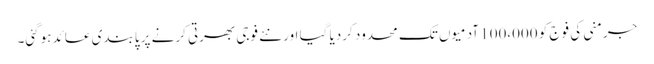
جرمنی کی فوج کو 100،000 آدمیوں تک محدود کردیا گیا اور نئے فوجی بھرتی کرنے پر پابندی عائد ہوگئی۔